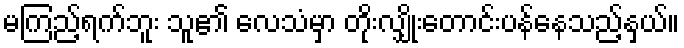
မကြည့်ရက်ဘူး သူ၏ လေသံမှာ တိုးလျှိုးတောင်းပန်နေသည့်နှယ်။